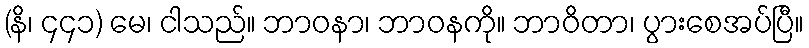
(နိ၊ ၄၄၁) မေ၊ ငါသည်။ ဘာဝနာ၊ ဘာဝနကို။ ဘာဝိတာ၊ ပွားစေအပ်ပြီ။